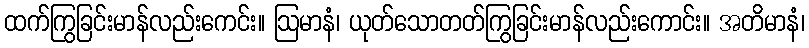
ထက်ကြွခြင်းမာန်လည်းကေင်း။ ဩမာနံ၊ ယုတ်သောတတ်ကြွခြင်းမာန်လည်းကောင်း။ အတိမာနံ၊